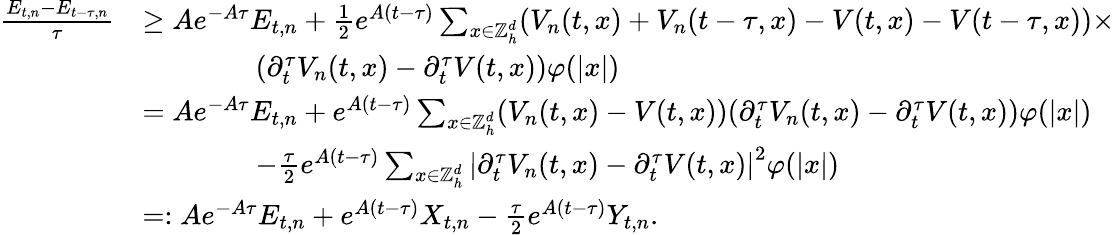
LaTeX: \begin{array}{rl}{\frac{E_{t,n}-E_{t-\tau,n}}\tau}&{\geq Ae^{-A\tau}E_{t,n}+\frac{1}{2}e^{A(t-\tau)}\sum_{x\in{\mathbb{Z}}_{h}^{d}}(V_{n}(t,x)+V_{n}(t-\tau,x)-V(t,x)-V(t-\tau,x))\times}\\ &{\qquad\qquad(\partial_{t}^{\tau}V_{n}(t,x)-\partial_{t}^{\tau}V(t,x))\varphi(|x|)}\\ &{=Ae^{-A\tau}E_{t,n}+e^{A(t-\tau)}\sum_{x\in{\mathbb{Z}}_{h}^{d}}(V_{n}(t,x)-V(t,x))(\partial_{t}^{\tau}V_{n}(t,x)-\partial_{t}^{\tau}V(t,x))\varphi(|x|)}\\ &{\qquad\qquad-\frac{\tau}2e^{A(t-\tau)}\sum_{x\in{\mathbb{Z}}_{h}^{d}}\left|\partial_{t}^{\tau}V_{n}(t,x)-\partial_{t}^{\tau}V(t,x)\right|^{2}\varphi(|x|)}\\ &{=:Ae^{-A\tau}E_{t,n}+e^{A(t-\tau)}X_{t,n}-\frac{\tau}2e^{A(t-\tau)}Y_{t,n}.}\end{array}